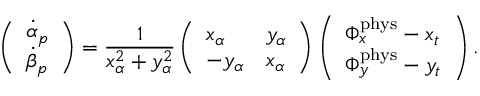
\left( \begin{array} { l } { \dot { \alpha } _ { p } } \\ { \dot { \beta } _ { p } } \end{array} \right) = \frac { 1 } { x _ { \alpha } ^ { 2 } + y _ { \alpha } ^ { 2 } } \left( \begin{array} { l l } { x _ { \alpha } } & { y _ { \alpha } } \\ { - y _ { \alpha } } & { x _ { \alpha } } \end{array} \right) \left( \begin{array} { l } { \Phi _ { x } ^ { \mathrm { p h y s } } - x _ { t } } \\ { \Phi _ { y } ^ { \mathrm { p h y s } } - y _ { t } } \end{array} \right) .